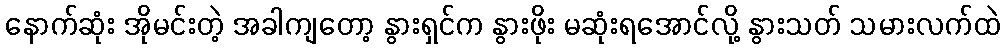
နောက်ဆုံး အိုမင်းတဲ့ အခါကျတော့ နွားရှင်က နွားဖိုး မဆုံးရအောင်လို့ နွားသတ် သမားလက်ထဲ